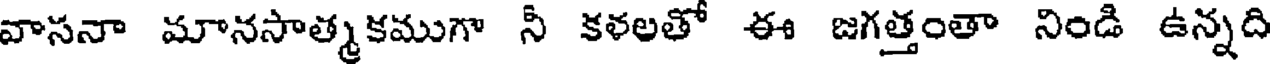
వాసనా మానసాత్మకముగా నీ కళలతో ఈ జగత్తంతా నిండి ఉన్నది